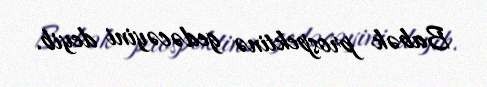
Babək prospektinə gedəcəyini deyib.